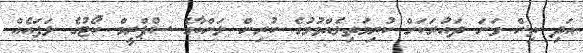
އަދި ތިން ވަނަ ދައުރަކަށް ކުރިމަތިލެއްވުމުގެ ކުރިން ލަންކާގެ ސުޕްރީމް ކޯޓުގެ ލަފައެއް